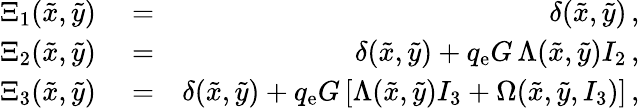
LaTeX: \begin{array}{rlr}{\Xi_{1}(\tilde{x},\tilde{y})}&{{}=}&{\delta(\tilde{x},\tilde{y})\, ,}\\ {\Xi_{2}(\tilde{x},\tilde{y})}&{{}=}&{\delta(\tilde{x},\tilde{y})+q_{\mathrm{e}}G\, \Lambda(\tilde{x},\tilde{y})I_{2}\, ,}\\ {\Xi_{3}(\tilde{x},\tilde{y})}&{{}=}&{\delta(\tilde{x},\tilde{y})+q_{\mathrm{e}}G\, [\Lambda(\tilde{x},\tilde{y})I_{3}+\Omega(\tilde{x},\tilde{y},I_{3})]\, ,}\end{array}